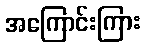
အကြောင်းကြား